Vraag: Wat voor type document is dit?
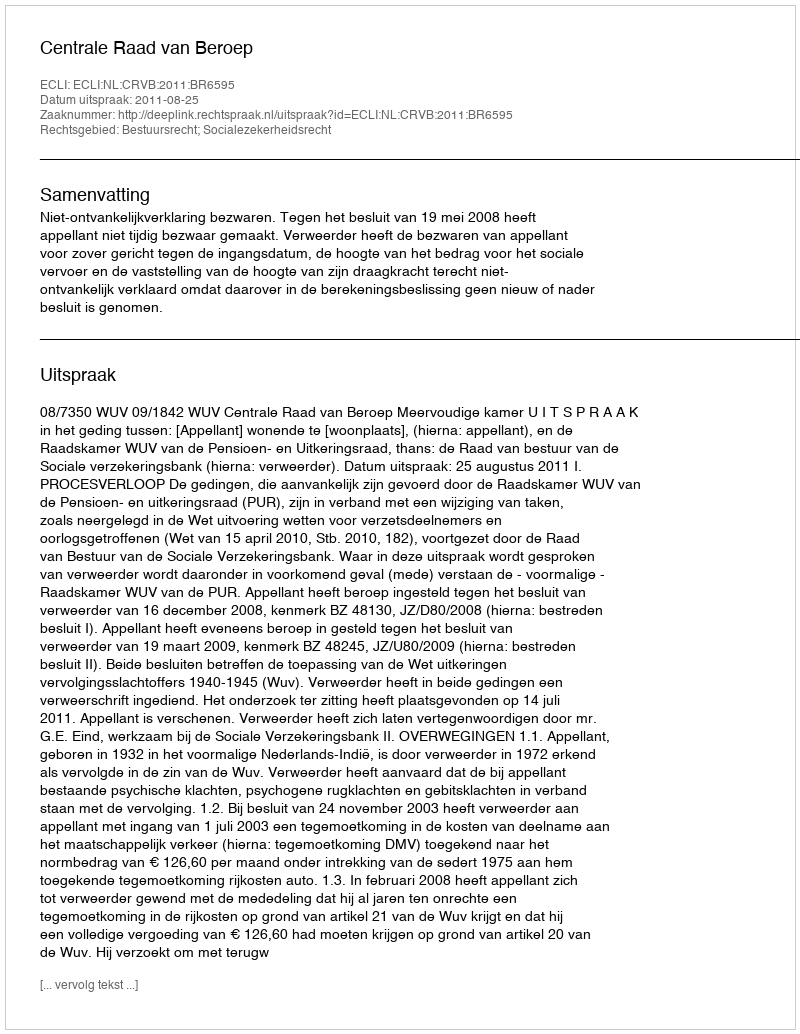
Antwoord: Uitspraak